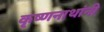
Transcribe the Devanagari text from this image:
कृष्णनाथांनी